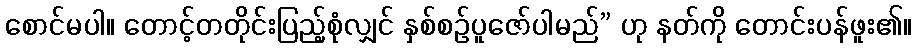
စောင်မပါ။ တောင့်တတိုင်းပြည့်စုံလျှင် နှစ်စဉ်ပူဇော်ပါမည်” ဟု နတ်ကို တောင်းပန်ဖူး၏။